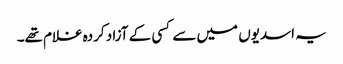
یہ اسدیوں میں سے کسی کے آزاد کردہ غلام تھے۔